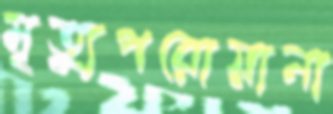
মৃত্যুপরোয়ানা